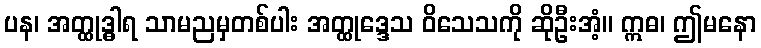
ပန၊ အတ္ထုဒ္ဓါရ သာမညမှတစ်ပါး အတ္ထုဒ္ဒေသ ဝိသေသကို ဆိုဦးအံ့။ ဣဓ၊ ဤမနော